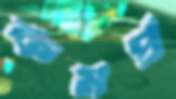
কমপ্র